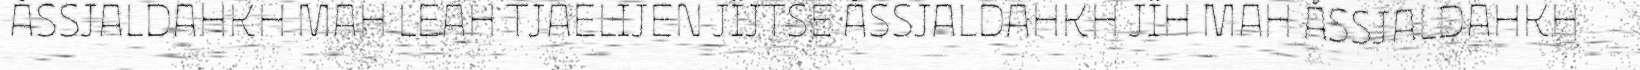
ÅSSJALDAHKH MAH LEAH TJAELIJEN JÏJTSE ÅSSJALDAHKH JÏH MAH ÅSSJALDAHKH